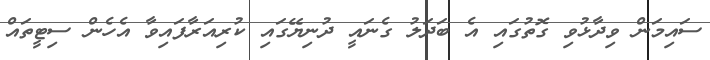
ސައިމަން ވިދާޅުވި ގޮތުގައި އެ ބަދަލު ގެނައީ ދުނިޔޭގައި ކުރިއަރާފައިވާ އެހެން ސިޓީތައް